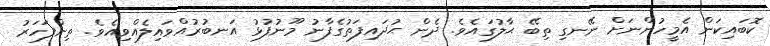
ކޮބައިކަން އެމީހުންނަށް ނޭނގި ތިބޭ ޙާލުގައެވެ. ދެން ޙުޛައިފަތުގެފާނު މޫނުފުޅު އަނބުރުއްވައިލެއްވިއެވެ. ތިންފަހަރު